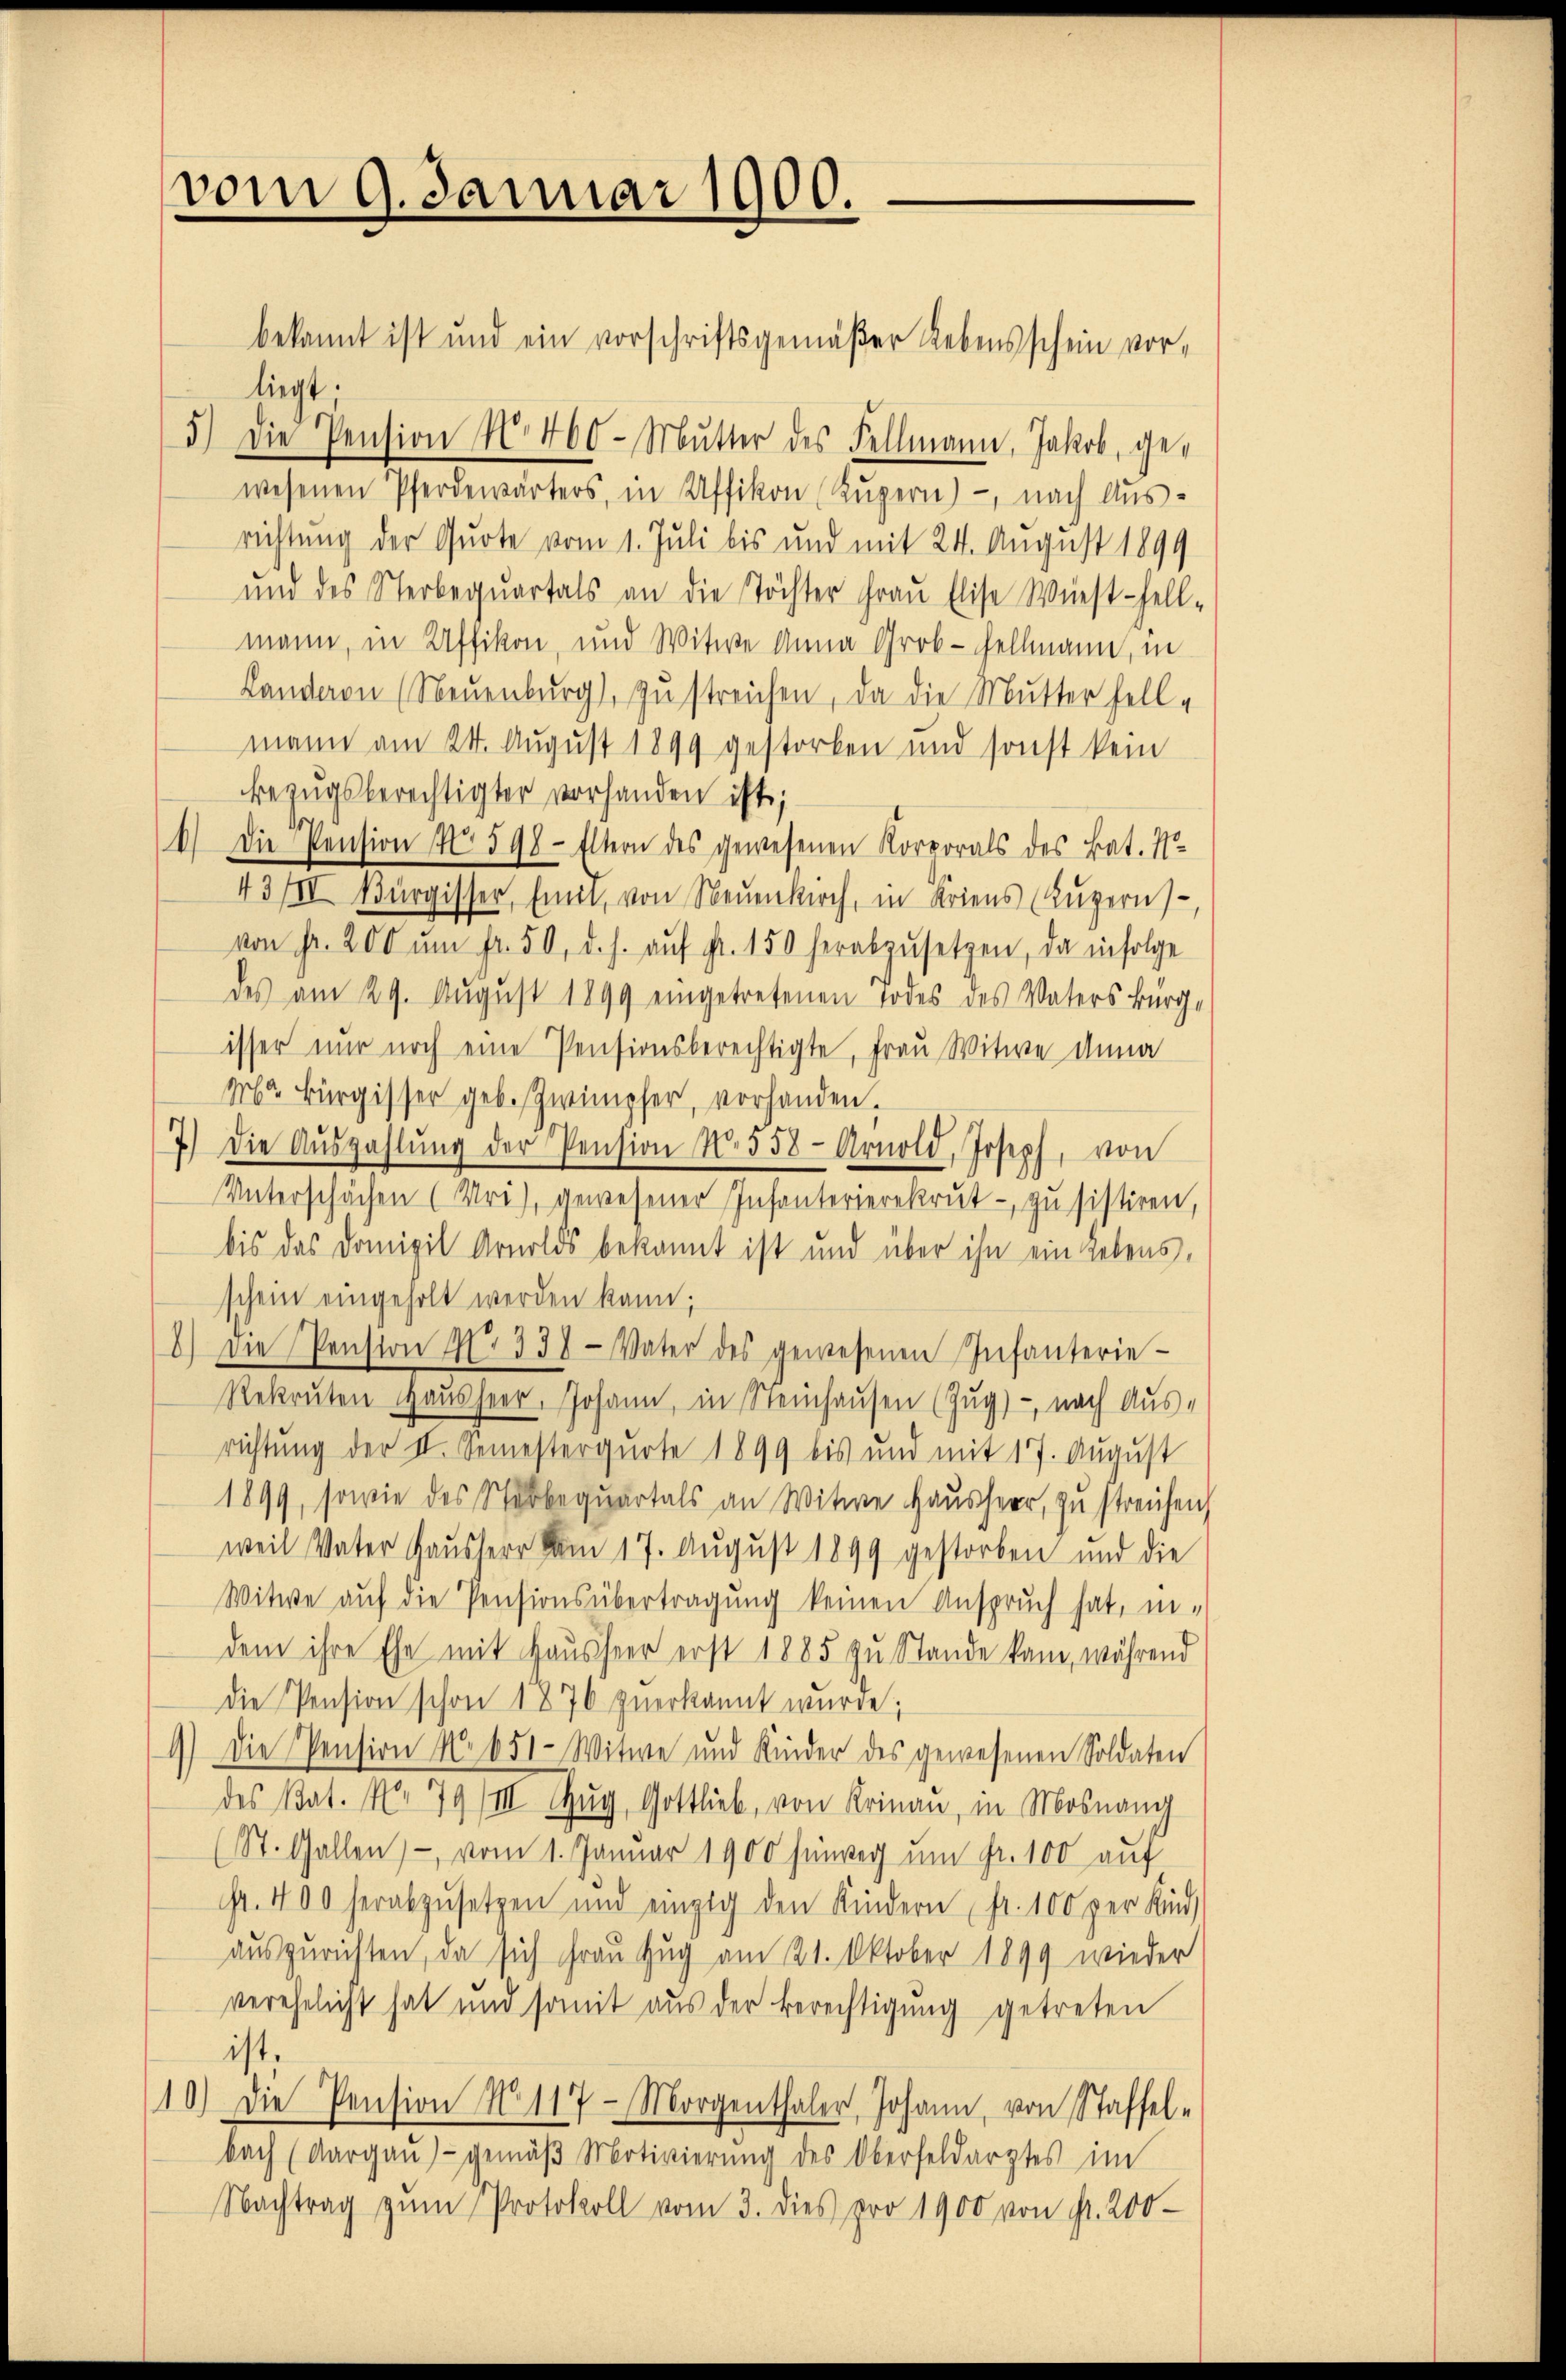
vom 9. Januar 1900.

bekannt ist und ein vorschriftsgemäßer Lebensschein vorliegt.
5.) Die Pension No. 460 - Mŭtter des Fellmann, Jakob, gewesenen Pferdewärters, in Affikon (Luzern) - nach Aus-
richtung der Quote vom 1. Juli bis und mit 24. August 1899
und des Sterbequartals an die Töchter Fraŭ Elise Wüest-hell-
mann, in Affikon, und Witwe Anna Groß-Fellmann, in
Landeren (Neuenburg), zu streichen, da die Mutter fell-
mann am 24. August 1899 gestorben und sonst kein
Bezugsberechtigter vorhanden ist;
6.) Die Pension No. 598 - Eltern des gewesenen Korporals des Bat. N
43III Bürgisser, mit, von Neuenkirch, in Kriens (Luzerns
von Fr. 200 ŭm fr. 50, d. s. aŭf fr. 150 herabzŭsetzen, da infolge
des am 29. August 1899 eingetretenen Todes des Vaters Bürg-
isser nur noch eine Pensionsberechtigte, Frau Witwe Anna
Mr Bürgisser geb. Zwimpfer, vorhanden.
die Aŭszahlŭng der Pension No 558 Arnold, Joseph, von
Unterschächen (Uri), gewesener Infanterierekrut - zu sistiren,
bis das Domizil Arnolds bekannt ist und über ihn ein Lebens,
schein eingeholt werden kann;
8.) Die Pension No 338. Vater des gewesenen Infanterie-
Rekruten Haŭsheer, Johann, in Steinhausen (Zug) - nach Aus-
richtung der II. Semesterquote 1899 bis und mit 17. August
1899, sowie des Stobbequartals an Witwe Hausherr, zu streichen,
weil Vater Hausherr vom 17. August 1899 gestorben und die
Witwe auf die Pensionsübertragung keinen Anspruch hat, in-
dem ihre Ehe mit Hausheer erst 1885 zu Stande kam, während
die Pension schon 1876 zuerkannt wurde;
9) Die Pension No 651 - Witwe und Kinder des gewesenen Soldaten
des Bat. No 79/II Zŭg, Gottlieb, von Krinau, in Mosnang
(St. Gallen), vom 1. Januar 1900 hinweg um Fr. 100 auf
Fr. 400 herabzŭsetzen und einzig den Kindern fr. 100 per Kind
auszurichten, da sich Frau Zug am 21. Oktober 1899 wieder
verehelicht hat und somit aus der Berechtigung getreten
ist.
10.) Die Pension No 117 Morgenthaler, Johann, von Staffel-
bach (Aargaŭ) - gemäβ Motivierŭng des Oberfeldarztes im
Nachtrag zŭm Protokoll vom 3. dies pro 1900 von fr. 200